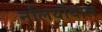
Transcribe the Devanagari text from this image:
नलियोंवाले